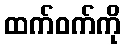
ထက်ဝက်ကို